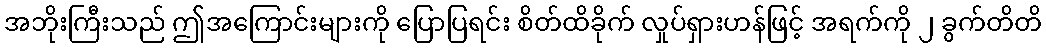
အဘိုးကြီးသည် ဤအကြောင်းများကို ပြောပြရင်း စိတ်ထိခိုက် လှုပ်ရှားဟန်ဖြင့် အရက်ကို ၂ ခွက်တိတိ